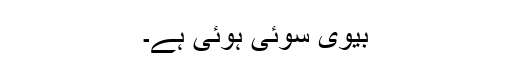
بیوی سوئی ہوئی ہے۔